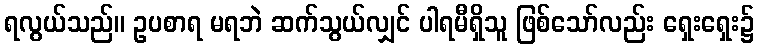
ရလွယ်သည်။ ဥပစာရ မရဘဲ ဆက်သွယ်လျှင် ပါရမီရှိသူ ဖြစ်သော်လည်း ရှေးရှေး၌